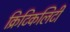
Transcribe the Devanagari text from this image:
क्रिटिकलिटी